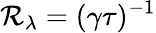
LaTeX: \mathcal{R}_{\lambda}=(\gamma\tau)^{-1}